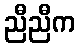
ညီညီက